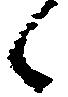
候